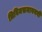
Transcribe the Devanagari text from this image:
त्रिविमसमावयवी